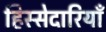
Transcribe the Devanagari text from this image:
हिस्सेदारियाँ